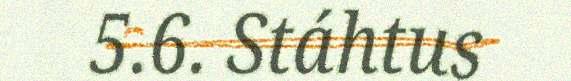
5.6. Stáhtus